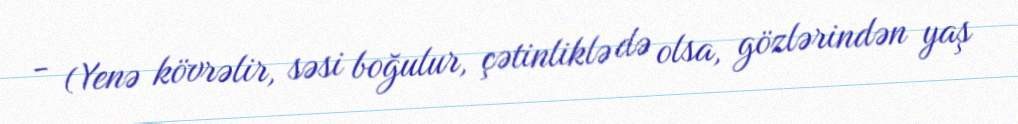
- (Yenə kövrəlir, səsi boğulur, çətinliklə də olsa, gözlərindən yaş